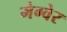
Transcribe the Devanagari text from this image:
मेग्वेर